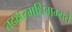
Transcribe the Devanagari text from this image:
तदक्षरमधिगम्यते